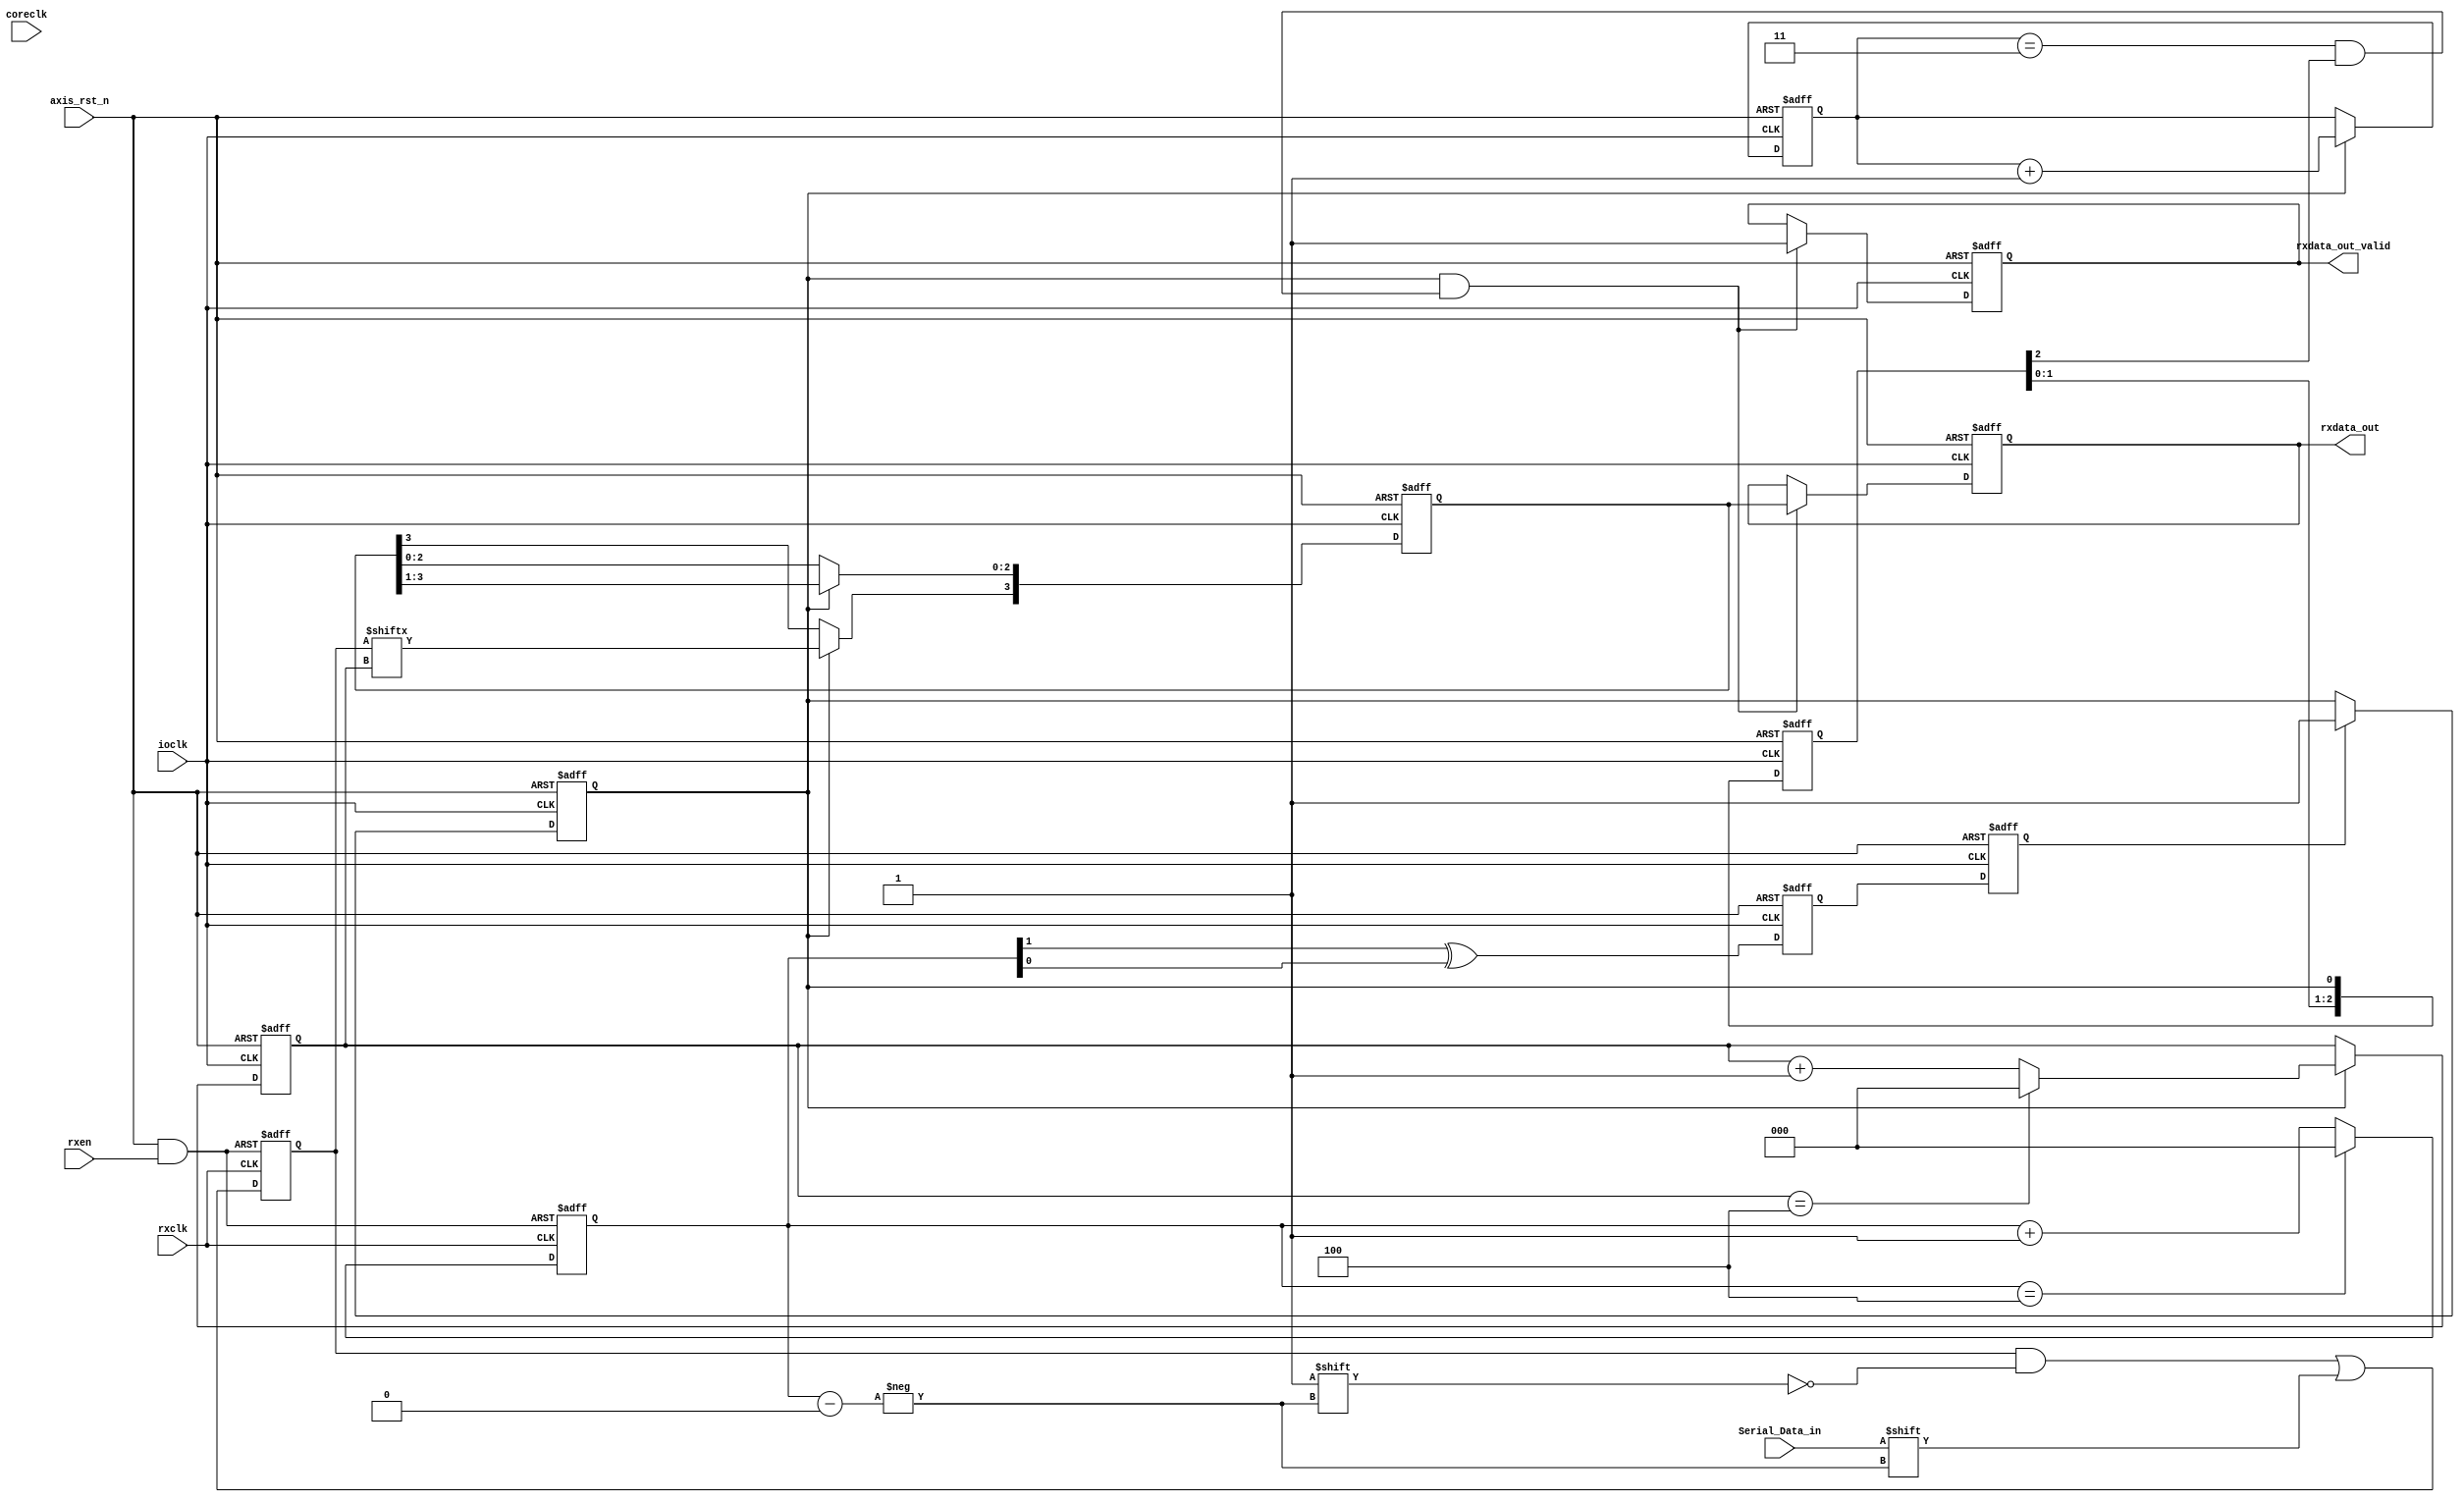
`timescale 1ns / 1ps
//////////////////////////////////////////////////////////////////////////////////
//
//
// Design Name:
// Module Name: fsic_io_serdes_rx
// Project Name:
// Target Devices:
// Tool Versions:
// Description:
//
// Dependencies:
//
// Revision:
// Revision 0.01 - File Created
// Additional Comments:
//
//////////////////////////////////////////////////////////////////////////////////
//20230724
//1. rx_sync_fifo output to rxdata_out for reduce 1T.

module fsic_io_serdes_rx#(
		parameter pRxFIFO_DEPTH = 5,
		parameter pCLK_RATIO =4
	) (
		input wire 	axis_rst_n,
		input wire 	rxclk,
		input wire   rxen,
		input wire 	ioclk,
		input wire 	coreclk,
		input wire 	Serial_Data_in,
		output wire 	[pCLK_RATIO-1:0] rxdata_out,
		output wire 	rxdata_out_valid
	);


	reg [$clog2(pRxFIFO_DEPTH)-1:0] w_ptr;
	reg w_ptr_pre;
	reg w_ptr_sync;
	wire rx_shift_reg_valid;

	wire w_ptr_graycode_bit0;

	assign w_ptr_graycode_bit0 = w_ptr[1] ^  w_ptr[0];

	wire rxen_rst_n = axis_rst_n & rxen;

	always @(negedge rxclk or negedge rxen_rst_n)  begin
		if ( !rxen_rst_n ) begin
			w_ptr <= 0;
		end
		else begin
			if (w_ptr == 4)
				w_ptr <= 0;
			else
				w_ptr <= w_ptr+1;
		end
	end


	reg [pRxFIFO_DEPTH-1:0] RxFifo;


	always @(negedge rxclk or negedge rxen_rst_n) begin
		if ( !rxen_rst_n ) begin
			RxFifo <= 0;
		end
		else begin
			RxFifo[w_ptr] <= Serial_Data_in;
		end
	end



	always @(posedge ioclk or negedge axis_rst_n)  begin
		if ( !axis_rst_n ) begin
			w_ptr_pre <= 0;
			w_ptr_sync <= 0;
		end
		else begin
			w_ptr_pre <= w_ptr_graycode_bit0;		//use gray code
			w_ptr_sync <= w_ptr_pre;				//avoid metastable issue
		end
	end

	reg rx_start;
	always @(posedge ioclk or negedge axis_rst_n)  begin
		if ( !axis_rst_n ) begin
			rx_start <= 0;
		end
		else begin
			if (w_ptr_sync != 0 )
				rx_start <= 1;
			else
				rx_start <= rx_start;
		end
	end


	reg [$clog2(pRxFIFO_DEPTH)-1:0] r_ptr;

	always @(posedge ioclk or negedge axis_rst_n)  begin
		if ( !axis_rst_n ) begin
			r_ptr <= 0;
		end
		else begin
			if (rx_start) begin
				if ( r_ptr == 4 )
					r_ptr <= 0;
				else
					r_ptr <= r_ptr + 1;
			end
			else
				r_ptr <= r_ptr;
		end
	end

	reg [pCLK_RATIO-1:0] rx_shift_reg;

	always @(posedge ioclk or negedge axis_rst_n)  begin
		if ( !axis_rst_n ) begin
			rx_shift_reg <= 0;
		end
		else begin
			if (rx_start) begin
				rx_shift_reg[3] <= RxFifo[r_ptr];		//r_ptr get from LSB to MSB
				rx_shift_reg[2:0] <= rx_shift_reg[3:1];
			end
		end
	end

	reg [$clog2(pCLK_RATIO)-1:0] rx_shift_phase_cnt;

	always @(posedge ioclk or negedge axis_rst_n)  begin
		if ( !axis_rst_n ) begin
			rx_shift_phase_cnt <= pCLK_RATIO-1;
		end
		else begin
			if (rx_start)
				rx_shift_phase_cnt <= rx_shift_phase_cnt+1;
			else
				rx_shift_phase_cnt <= rx_shift_phase_cnt;
		end
	end

	reg [2:0] rx_start_delay;

	always @(posedge ioclk or negedge axis_rst_n)  begin
		if ( !axis_rst_n ) begin
			rx_start_delay <= 0;
		end
		else begin
			rx_start_delay[0] <= rx_start;
			rx_start_delay[2:1] <= rx_start_delay[1:0];
		end
	end

	assign rx_shift_reg_valid = (rx_shift_phase_cnt == pCLK_RATIO-1) && rx_start_delay[2] ; //rx_shift_reg is ready to move.

	//write by ioclk in negedge and read by coreclk in posedge then simulation result is ok.

	reg [pCLK_RATIO-1:0] rx_sync_fifo;
	reg rx_sync_fifo_valid;

	always @(negedge ioclk or negedge axis_rst_n)  begin		// Note : the FPGA provide both coreclk and ioclk to FSIC_SOC, the skew of coreclk and ioclk maybe impact by FPGA output timining -> PCB -> FSIC_SOC input timing.
																// when ioclok early then coreclk in fsic_io_serdes_rx, it may cause hold time issue in rx_shift_reg to rx_sync_fifo.
																// use negdege ioclk to improve the hold time, but it sacrifice the setup time. 
		if ( !axis_rst_n ) begin
			rx_sync_fifo <= 0;
			rx_sync_fifo_valid <= 0;
		end
		else begin
			if (rx_start && rx_shift_reg_valid)  begin
				rx_sync_fifo <= rx_shift_reg;
				rx_sync_fifo_valid <= 1;
			end
			else begin
				rx_sync_fifo <= rx_sync_fifo;
				rx_sync_fifo_valid <= rx_sync_fifo_valid;
			end
		end
	end

	assign rxdata_out = rx_sync_fifo;
	assign rxdata_out_valid = rx_sync_fifo_valid;

/*
	reg [pCLK_RATIO-1:0] rxdata;
	reg rxdata_valid;

	assign rxdata_out = rxdata;
	assign rxdata_out_valid = rxdata_valid;

	always @(posedge coreclk or negedge axis_rst_n)  begin
		if ( !axis_rst_n ) begin
			rxdata <= 0;
			rxdata_valid <= 0;
		end
		else begin
				rxdata <= rx_sync_fifo;
				rxdata_valid <= rx_sync_fifo_valid;
		end
	end
*/


endmodule